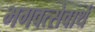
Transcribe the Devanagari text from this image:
भगवत्सेवार्थ